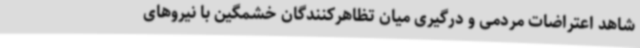
شاهد اعتراضات مردمی و درگیری میان تظاهرکنندگان خشمگین با نیروهای